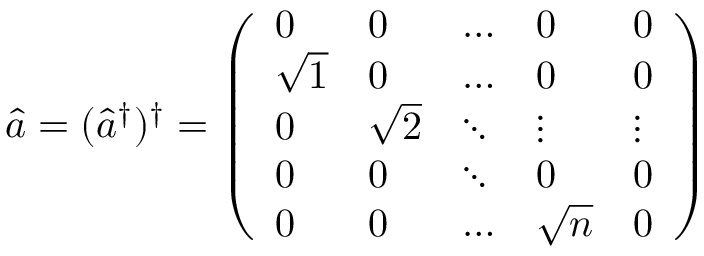
\hat { a } = ( \hat { a } ^ { \dagger } ) ^ { \dagger } = \left( \begin{array} { l l l l l } { 0 } & { 0 } & { \dots } & { 0 } & { 0 } \\ { \sqrt { 1 } } & { 0 } & { \dots } & { 0 } & { 0 } \\ { 0 } & { \sqrt { 2 } } & { \ddots } & { \vdots } & { \vdots } \\ { 0 } & { 0 } & { \ddots } & { 0 } & { 0 } \\ { 0 } & { 0 } & { \dots } & { \sqrt { n } } & { 0 } \end{array} \right)